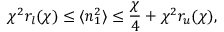
\chi ^ { 2 } r _ { l } ( \chi ) \leq \langle n _ { 1 } ^ { 2 } \rangle \leq \frac { \chi } { 4 } + \chi ^ { 2 } r _ { u } ( \chi ) ,